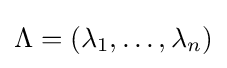
\Lambda =\left(\lambda _{1},\ldots ,\lambda _{n}\right)